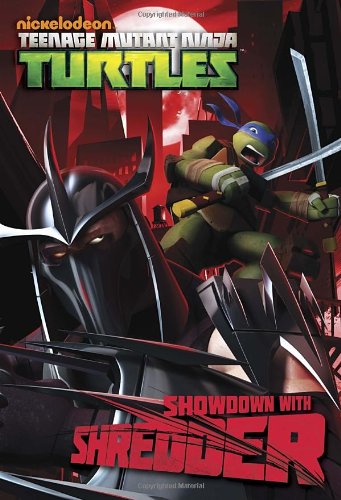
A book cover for Showdown with Shredder  (Teenage Mutant Ninja Turtles) (Junior Novel); Matthew Gilbert; Children's Books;